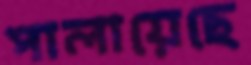
পালায়েছে